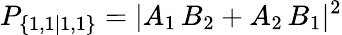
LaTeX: P_{\{ 1,1|1,1\} }=|A_{1}\, B_{2}+A_{2}\, B_{1}|^{2}